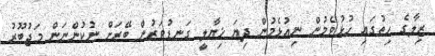
ޒިލާގެ ހިތުގައި ހުޅުވެމުން ނިއުޅެމުން ދިޔަ ޚިޔާލީ ގަނޑުވަރުން ބޭރަށް ނުކުންނަން މަޖުބޫރު